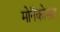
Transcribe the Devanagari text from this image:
मोनॅकोसह